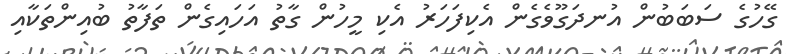
ގޭހުގެ ސަބަބުން އުނދަގޫވެގެން އެކިފަހަރު އެކި މީހުން ގާތު އަހައިގެން ތަފާތު ބުއިންތަކާއި